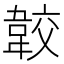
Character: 𩎦